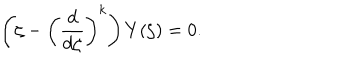
\left( \zeta - \left( \frac { d } { d \zeta } \right) ^ { k } \right) Y ( \zeta ) = 0 .